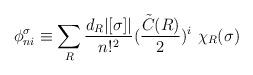
LaTeX: \begin{align*}\phi _{n i }^\sigma \equiv \sum_R \frac{d_R | [\sigma ] |}{n !^2} (\frac{{\tilde C} (R)}{2} )^i \ \chi_R (\sigma )\end{align*}